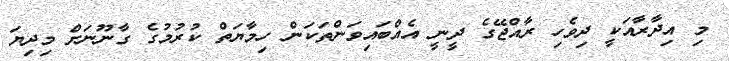
މި އިދާރާއަކީ ދިވެހި ރާއްޖޭގެ ދީނީ އެއްބައިވަންތަކަން ހިމާޔަތް ކުރުމުގެ ގާނޫނަށް މިދިޔަ